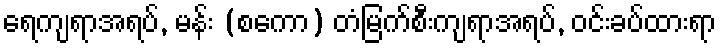
ရေကျရာအရပ်, မန်း (စကော) တံမြက်စီးကျရာအရပ်, ဝင်းခပ်ထားရာ